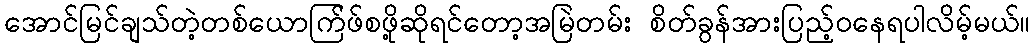
အောင်မြင်ချသ်တဲ့တစ်ယောက်ြဖ်စဖို့ဆိုရင်တော့အမြဲတမ်း စိတ်ခွန်အားပြည့်ဝနေရပါလိမ့်မယ်။